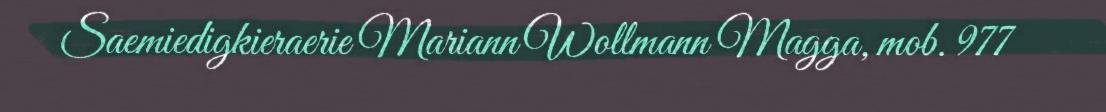
Saemiedigkieraerie Mariann Wollmann Magga, mob. 977